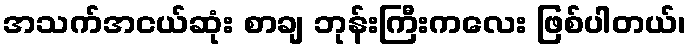
အသက်အငယ်ဆုံး စာချ ဘုန်းကြီးကလေး ဖြစ်ပါတယ်၊